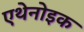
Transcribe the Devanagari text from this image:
एथेनोइक